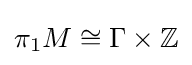
\pi _{1}M\cong \Gamma \times \mathbb {Z}